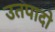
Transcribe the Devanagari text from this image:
उतपादो